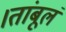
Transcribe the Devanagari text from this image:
।तांबूलं